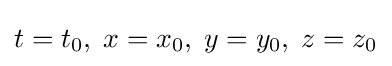
t=t_{0},\;x=x_{0},\;y=y_{0},\;z=z_{0}